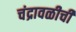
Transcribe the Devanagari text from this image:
चंद्रावळीची